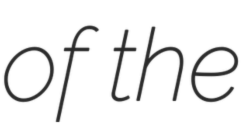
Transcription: of the